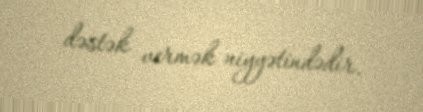
dəstək vermək niyyətindədir.